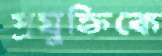
প্রযুক্তিকে